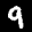
Label: 9